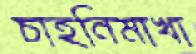
চাহনিমাখা